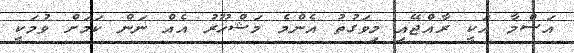
އަސްމާ އަކީ ރާއްޖޭއި މިވަގުތު އެންމެ މަޝްހޫރު އެއް ނަން ކަމަށް ވުމަކީ